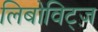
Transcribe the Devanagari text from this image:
लिबोविट्ज़